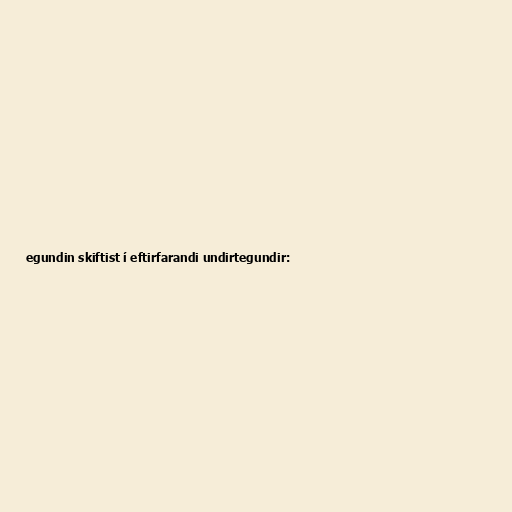
egundin skiftist í eftirfarandi undirtegundir: